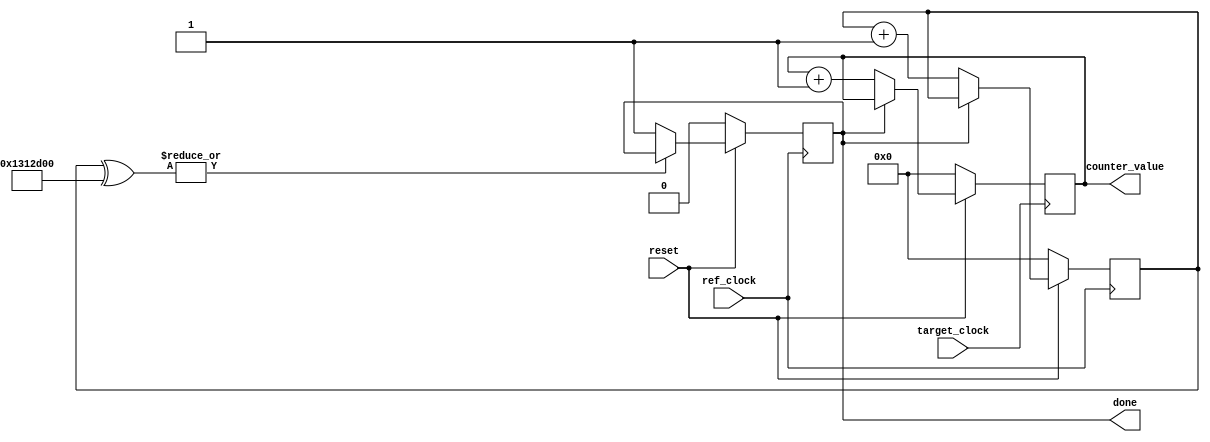
module counter_drp (
  input         reset,
  input         ref_clock,
  input         target_clock,
  output [31:0] counter_value,
  output        done
);
  reg [31:0] counter_ref;
  reg [31:0] counter_target;
  reg        reg_done;
  wire [31:0] tmp;
  wire tmp2;
  wire done_status;
  
  always @(posedge ref_clock) begin
    if (!reset) begin
      counter_ref <= 32'h0;
      reg_done <= 1'b0; 
    end 
    else begin
      if (!done_status) begin
        counter_ref <= counter_ref + 1;
      end
      if (!tmp2) begin
        reg_done <= 1'b1;
      end
    end
  end

  always @(posedge target_clock) begin
    if (!reset) begin
      counter_target <= 32'h0;
    end
    else begin
      if (!done_status) begin
        counter_target <= counter_target + 1;
      end
    end
  end

  assign tmp = counter_ref ^ 20000000;
  assign tmp2 = |tmp;
  assign done = done_status;
  assign counter_value = counter_target;
  assign done_status = reg_done;

endmodule